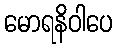
မောရနိဝါပေ